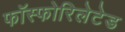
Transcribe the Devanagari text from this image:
फॉस्फोरिलेटेड